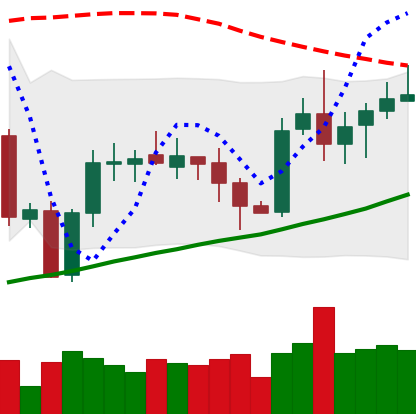
Ticker: XRP-USD
Chart end date: 2020-10-10
Forward return: -3.284%
Label: down_3_5